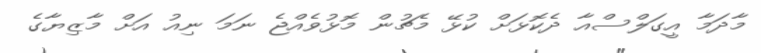
މާދަމާ އީގަލްސްއާ ދެކޮޅަށް ކުޅޭ މެޗުން މޮޅުވެއްޖެ ނަމަ ނިއު އަށް މާޒިޔާގެ